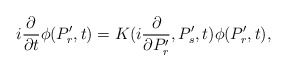
\begin{align*}i{\partial \over \partial t}\phi(P'_r,t) =K(i{\partial \over \partial P'_r}, P'_s,t)\phi(P'_r,t),\end{align*}